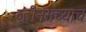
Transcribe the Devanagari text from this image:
व्हीनसच्याच